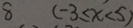
8 ( - 3 \leq x < 5 )